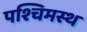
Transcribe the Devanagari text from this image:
पश्चिमस्थ